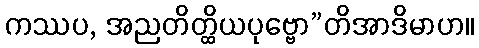
ကဿပ, အညတိတ္ထိယပုဗ္ဗော”တိအာဒိမာဟ။